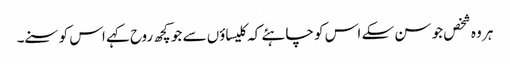
ہر وہ شخص جو سن سکے اس کو چاہئے کہ کلیساؤں سے جو کچھ روح کہے اس کو سنے۔